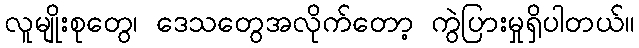
လူမျိုးစုတွေ၊ ဒေသတွေအလိုက်တော့ ကွဲပြားမှုရှိပါတယ်။